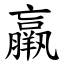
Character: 羸